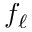
f _ { \ell }